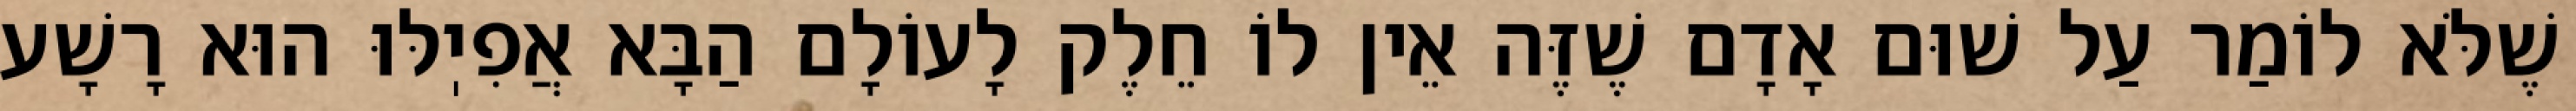
שֶׁלֹּא לוֹמַר עַל שׁוּם אָדָם שֶׁזֶּה אֵין לוֹ חֵלֶק לָעוֹלָם הַבָּא אֲפִיֽלּוּ הוּא רָשָׁע